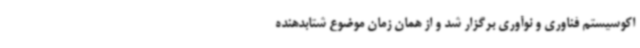
اکوسیستم فناوری و نوآوری برگزار شد و از همان زمان موضوع شتابدهنده